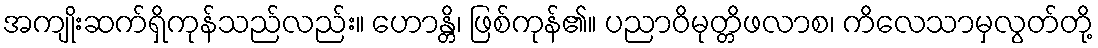
အကျိုးဆက်ရှိကုန်သည်လည်း။ ဟောန္တိ၊ ဖြစ်ကုန်၏။ ပညာဝိမုတ္တိဖလာစ၊ ကိလေသာမှလွတ်တို့